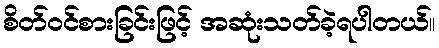
စိတ်ဝင်စားခြင်းဖြင့် အဆုံးသတ်ခဲ့ရပါတယ်။